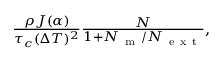
\begin{array} { r } { \frac { \rho J ( \alpha ) } { \tau _ { c } ( \Delta T ) ^ { 2 } } \frac { N } { 1 + N _ { \mathrm { ~ m ~ } } / N _ { \mathrm { ~ e ~ x ~ t ~ } } } , } \end{array}